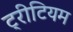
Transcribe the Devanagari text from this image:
ट्रीटियम